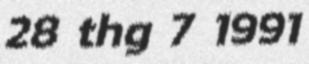
28 thg 7 1991